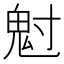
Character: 𩲅